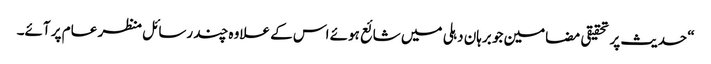
“ حدیث پر تحقیقی مضامین جو برہان دہلی میں شائع ہوئے اس کے علاوہ چند رسائل منظر عام پر آئے۔